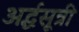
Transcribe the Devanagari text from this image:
अर्द्धसूत्री